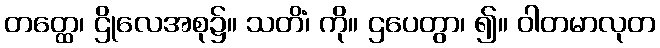
တတ္ထေ၊ ဌိုလေအစု၌။ သတိံ၊ ကို။ ဌပေတွာ၊ ၍။ ဝါတမာလုတ